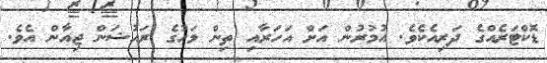
ޑޮޮކްޓަރެއްގެ ދަރިއެކެވެ. އުމުރުން އަށް އަހަރާއި ތިން މަހުގެ ރައުޝަން ޖިއާން އެވެ.